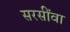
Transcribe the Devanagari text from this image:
सरसींवा